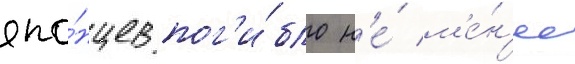
япо́нцев пог'и́бло н'е́ м'е́н'ее